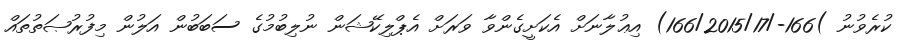
ކުރެވުނު )166-/166/2015/17) އިޢުލާނަށް އެކަށީގެންވާ ވަރަށް އެޕްލިކޭޝަން ނުލިބުމުގެ ސަބަބުން އަލުން މިފުރުޞަތުތައް